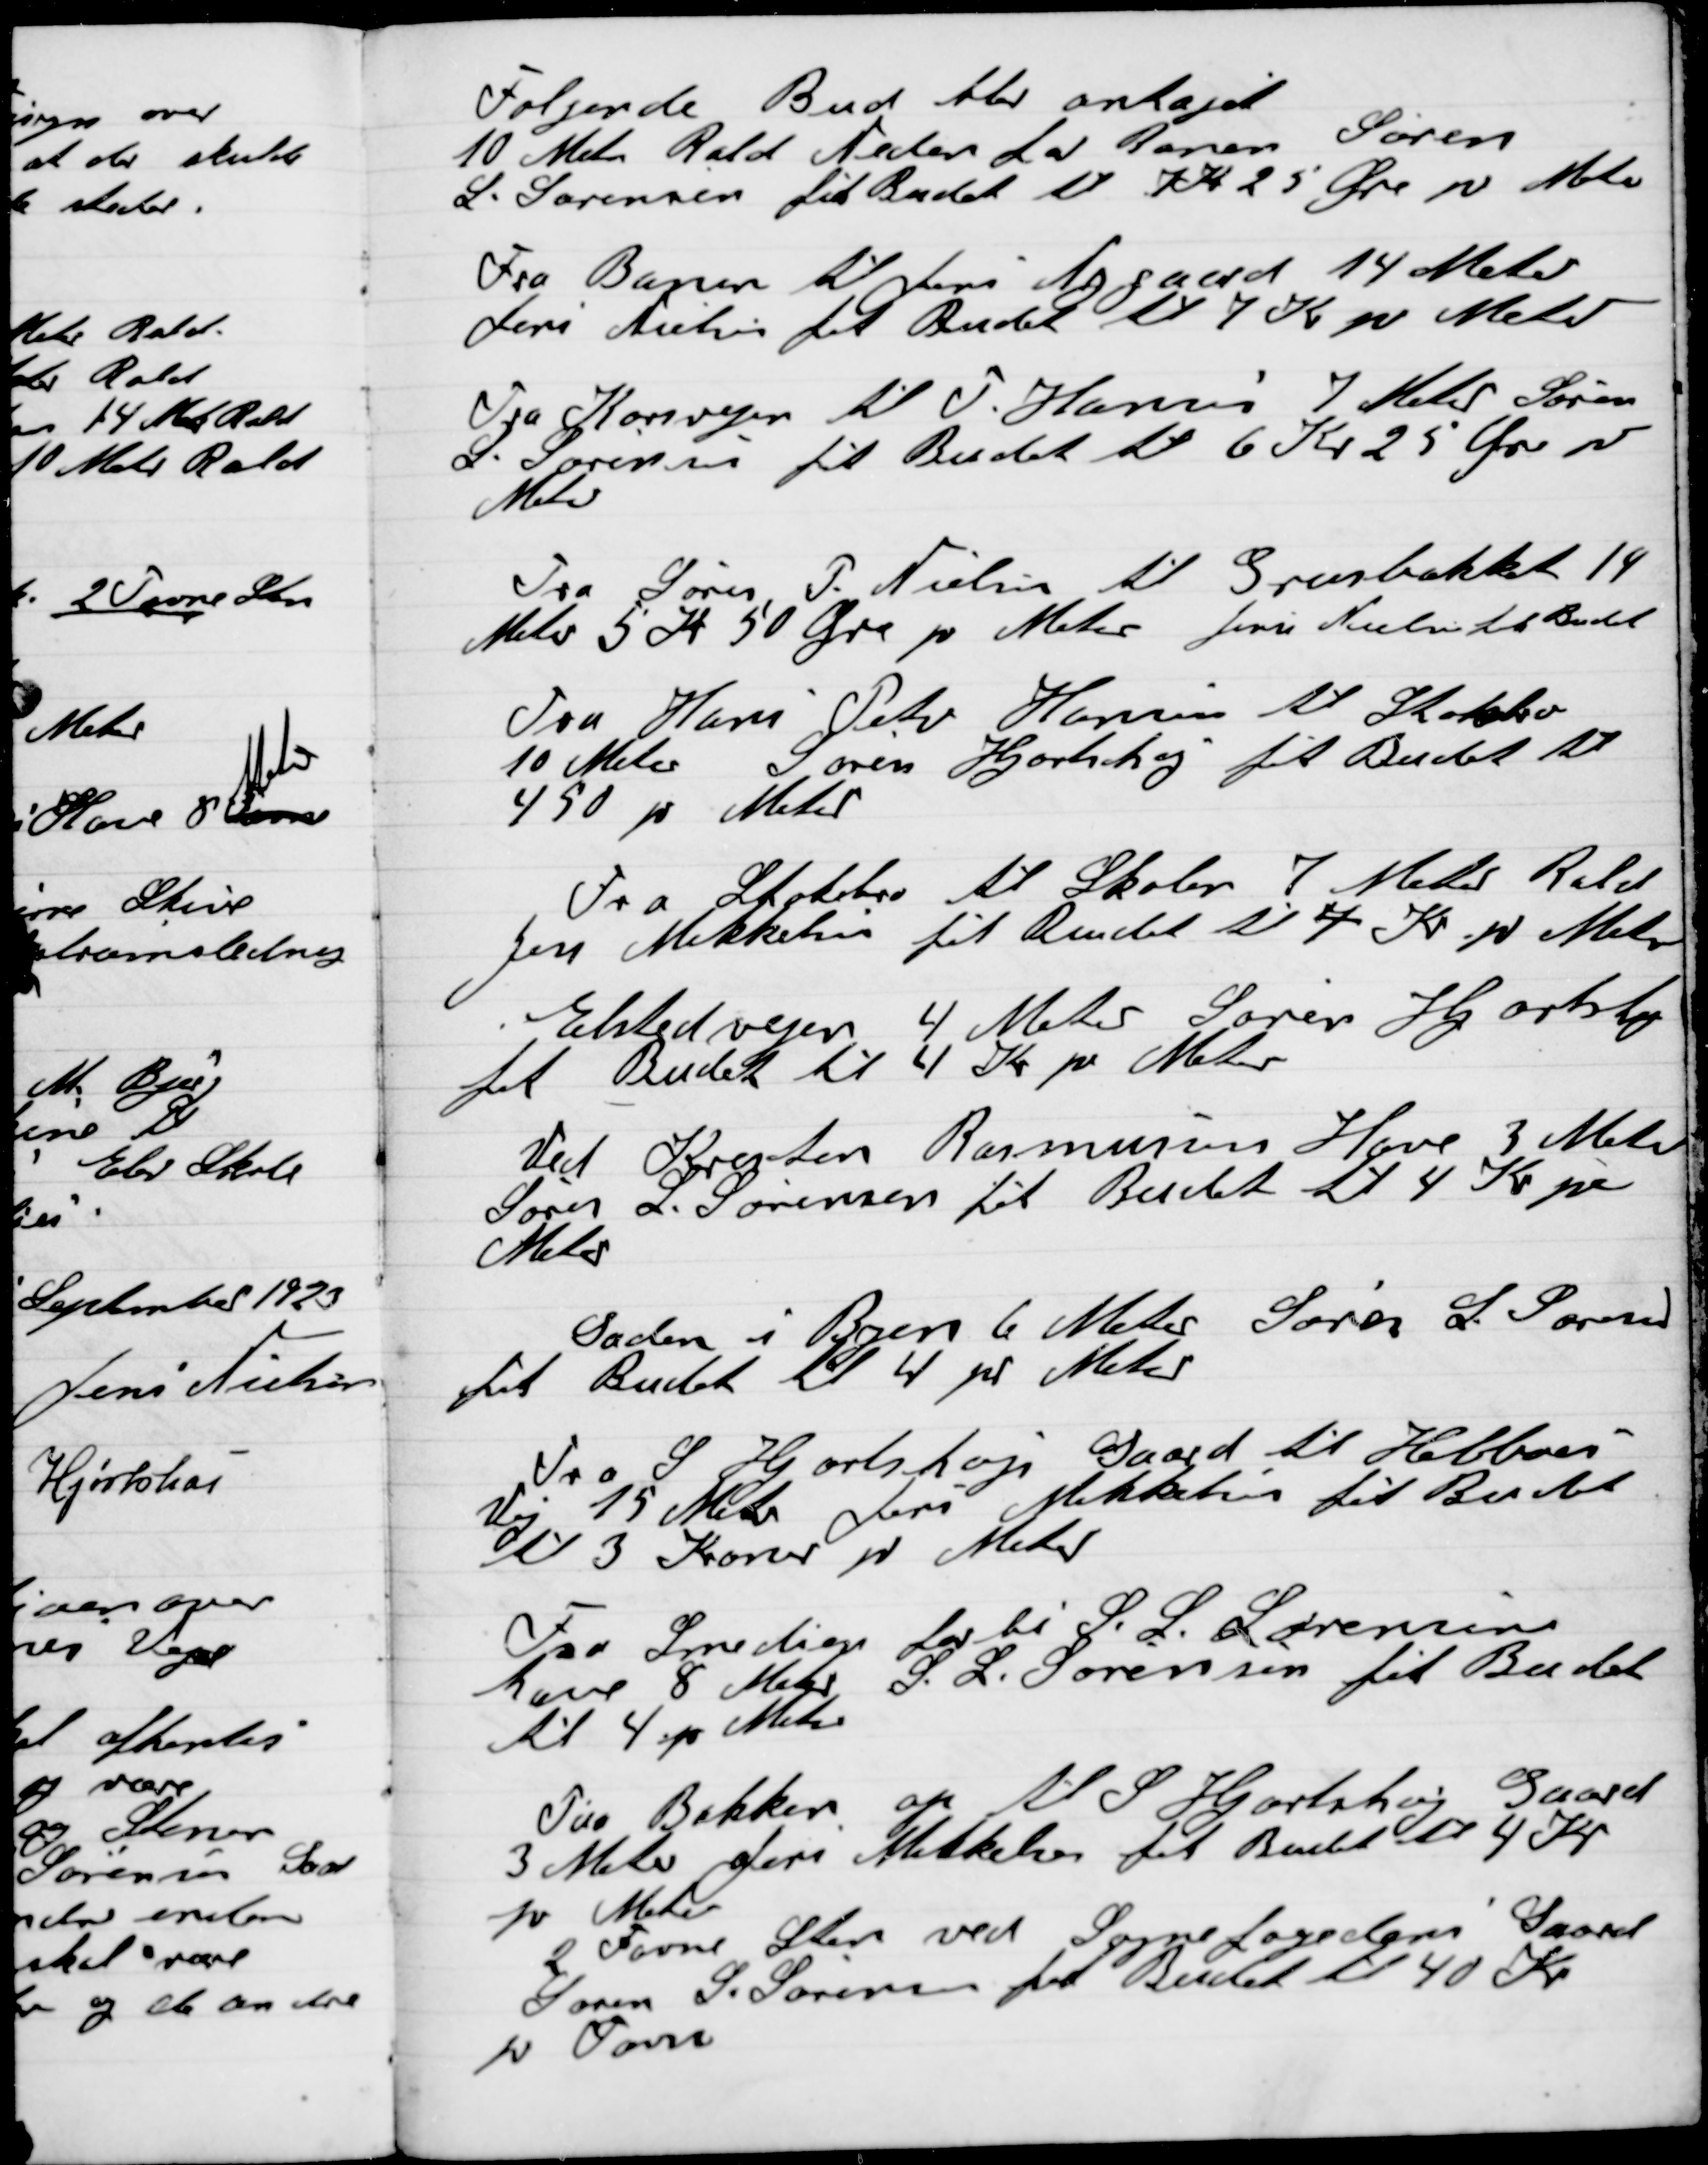
Transskription:
Følgende Bud blev antaget
10 Meter Rald Meter der Banen Søren
L. Sørensen fik Budet til Kr. 25 Øre pr Meter

Fra Banen til Jens Nygaard 14 Meter
Jens Nielsen fik Budet til 7 Kr pr Meter

Fra Korsvejen F. Hansen 7 Meter Søren
L. Sørensen fik Budet til 6 Kr 25 Øre pr
Meter

Fra Søren P. Nielsen til Grenbakket 19
Meter 5 Kr. 50 Øre pr Meter Jens Nielsen til Budet

Fra Hans Peter Hansen til Stokbro
10 Meter Søren Hjortshøj fik Budet til
450 pr Meter

Fra Stokbro til Skolen 7 Meter Rald
Jens Mikkelsen fik Budet til 7 Kr. pr Meter

Elstedvejen 4 Meter Søren Hjortshøj
fik Budet til 4 Kr pr Meter

Ved Kresten Rasmussen Hove 3 Meter
Søren L. Sørensen til Budet til 4 Kr pr
Meter

Saden i Byen 6 Meter Søren S. Sørensen
Fik budet til 4 pr Meter

Fra S. Hjortshøj Gaard til Helboes
Vej 15 Meter Jens Mikkelsen fik Budet
til 3 Kroner pr Meter

Fra Smedigen forbi S. L. Sørensens
have 8 Meter S. L. Sørensen fik Budet
til 4 pr Meter

Fra Bakken op til S. Hjortshøj Gaard
3 Meter Jens Mikkelsen fik Budet
til 4 Kr Pr Meter
2 Favne Sten ved Sognefogedens Gaard
Søren L. Sørensen fik Budet til 40 Kr
pr Favn